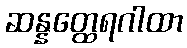
ဆန္နတ္ထေရဂါထာ